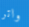
واتر